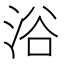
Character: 浴